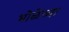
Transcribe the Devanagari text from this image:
भोळेंच्या